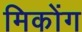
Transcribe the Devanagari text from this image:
मिकोंग